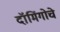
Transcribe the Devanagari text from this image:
दॉमिंगोचे